Insane asylums Bombay 1873-77 - 1873-1877
Year: 1873
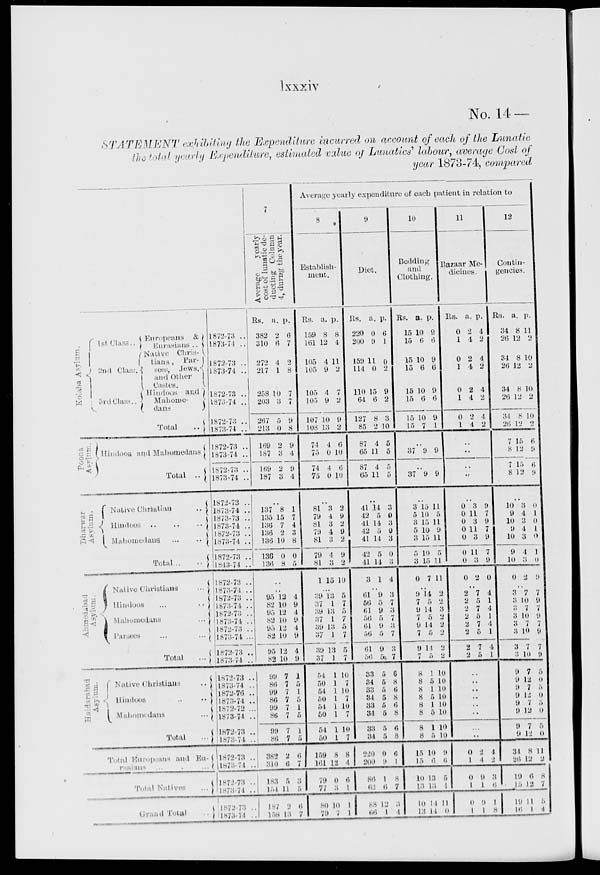
lxxxiv
No. 14 —
STATEMENT exhibiting the Expenditure incurred, on account of each of the Lunatic
the total yearly Expediture, estimated value of Lunatics' labour, average Cost of
year 1873-74, compared
Kolaba
Asylum.
Poona Asylum.
Dharwar
Asylum.
Ahmedabad
Asylum.
Haidarabad
Asylum.
1st Class ..
2nd Class ..
3rd Class ..
European &
Eurasians ..
Native Christians
Parsees, Jews,
and Other
Castes.
Hindoos and
Mahomedans
Total
..
Hindoos and Mahomedans
Total ..
Native Christian
..
Hindoos
..
..
..
Mahomedans .. .. ..
Total .. ..
Native Christians ..
Hindoos .. ..
Mahomedans ..
Parsees
..
..
Total .. ..
Native Christians
..
Hindoos .. ..
Mahomedans ..
Total ..
Total Europeans and Eurasians .. .. ..
Total Native ..
Grand Total ..
1872-73 ..
1873-74 ..
1872-73 ..
1873-74 ..
1872-73 ..
1873-74 ..
1872-73 ..
1873-74 ..
1872-73 ..
1873 74 ..
1872-73 ..
1873-74 ..
1872-73 ..
1873-74 ..
1873-73 ..
1873-74 ..
1872-73 ..
l873-74 ..
1872-73 ..
1843-74 ..
1872-73 ..
1873-74 ..
1872-73 ..
1873-74 ..
1872-73 ..
1873-74
1872-73 ..
1873-74 ..
1872-73 ..
1873-74 ..
1872-73 ..
1873-74 ..
1872-76 ..
1873-74 ..
1872-72 ..
1873-74 ..
1872-73 ..
1873-74
..
1872-73 ..
l873-74 ..
1872-73 ..
1873-74 ..
1872-73 ..
1873-74 ..
7
Average
yearly
cost of lunatic de-
ducting Column
4, during
the year.
Rs.
382
310
272
217
258
203
267
213
169
187
169
187
a.
2
6
4
1
10
3
5
0
2
3
2
3
p.
6
7
2
8
7
7
9
8
9
4
9
4
..
137
135
136
136
136
136
136
8
15
7
2
10
0
8
1
7
4
3
8
0
5
..
..
95
82
95
82
95
82
95
82
99
86
99
86
99
86
99
86
382
310
183
154
187
158
12
10
12
10
12
10
12
10
7
7
7
7
7
7
7
7
2
6
5
11
2
13
4
9
4
9
4
9
4
9
1
5
1
5
1
5
1
5
6
7
3
5
6
7
Average yearly expenditure of each patient in relation to
8
Establish-
ment.
Rs.
159
161
105
105
105
105
107
108
74
75
74
75
a.
8
12
4
9
4
9
10
13
4
0
4
0
p.
8
4
11
2
7
2
9
2
6
10
6
10
..
81
79
81
79
81
79
81
1
3
4
3
4
3
4
3
15
2
9
2
9
2
9
2
10
..
39
37
39
37
39
37
39
37
54
50
54
50
54
50
54
50
159
161
79
77
80
79
13
1
13
1
13
1
13
1
1
1
1
1
1
1
1
1
8
12
0
3
10
7
5
7
5
7
5
7
5
7
10
7
10
7
10
7
10
7
8
4
6
1
1
1
9
Diet.
Rs.
220
200
159
114
110
64
127
85
87
65
87
65
a.
0
9
11
0
15
6
8
2
4
11
4
11
p.
6
1
0
2
9
2
3
0
5
5
5
5
..
41
42
41
42
41
42
41
3
14
5
14
5
14
5
14
1
3
0
3
0
3
0
3
4
..
61
56
61
56
61
56
61
50
33
34
33
34
33
34
33
34
220
200
86
62
88
66
9
5
9
5
9
5
9
5
5
5
5
5
5
5
5
5
0
9
1
6
12
1
3
7
3
7
3
7
3
7
6
8
6
8
6
8
6
8
6
1
8
7
3
4
10
Bedding
and
Clothing.
Rs.
15
15
15
15
15
15
15
15
a.
10
6
10
6
10
6
10
7
p.
9
6
9
6
9
6
9
1
..
37 9 9
..
37 9 9
..
3
5
3
5
3
5
3
0
15
10
15
10
15
10
15
7
11
5
11
9
11
5
11
11
..
9
7
9
7
9
7
9
7
8
8
8
8
8
8
8
8
15
15
10
13
10
13
14
5
14
5
14
15
14
5
1
5
5
5
1
5
1
5
10
6
13
13
14
14
2
2
3
2
2
2
2
2
10
10
10
10
10
10
10
10
9
6
5
4
11
0
11
Bazaar Me-
dicines.
Rs.
0
1
0
1
0
1
0
1
a.
2
4
2
4
2
4
2
4
p.
4
2
4
2
4
2
4
2
..
..
..
..
..
0
0
0
0
0
0
0
0
3
11
3
11
3
11
3
2
9
7
9
7
9
7
9
0
..
2
2
2
2
2
2
2
2
7
5
7
5
7
5
7
5
4
1
4
1
4
1
4
1
..
..
..
..
..
..
..
..
0
1
0
1
0
1
2
4
9
1
9
1
4
2
3
6
1
8
12
Contin-
gencies.
Rs.
34
26
34
26
34
26
34
26
..
8
7
8
a.
8
12
8
12
8
12
8
12
15
12
15
12
p.
11
2
10
2
10
2
10
2
6
9
6
9
..
10
9
10
9
10
9
10
0
3
4
3
4
3
4
3
2
0
1
0
1
0
1
0
9
..
3
3
3
3
3
3
3
3
9
9
9
9
9
9
9
9
34
26
19
15
19
16
7
10
7
10
7
10
7
10
7
12
7
12
7
12
7
12
8
12
6
12
11
1
7
9
7
9
7
9
7
9
5
0
5
0
5
0
5
0
11
2
8
7
5
4